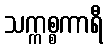
သက္ကစ္စကာရီ